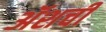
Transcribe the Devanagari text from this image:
ॲशची